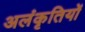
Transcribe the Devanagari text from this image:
अलंकृतियों